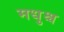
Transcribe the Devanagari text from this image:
मधुश्च